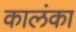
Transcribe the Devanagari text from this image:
कालंका